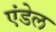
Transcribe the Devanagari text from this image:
एंडेल